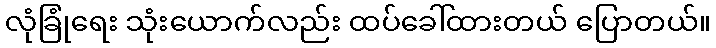
လုံခြုံရေး သုံးယောက်လည်း ထပ်ခေါ်ထားတယ် ပြောတယ်။